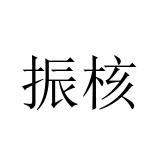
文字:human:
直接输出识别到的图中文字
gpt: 振核